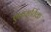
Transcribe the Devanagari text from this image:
एकमूर्तिक